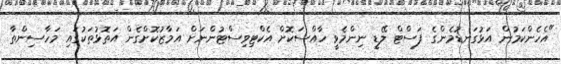
"އެހެންކަމުން އަޅުގަނޑުމެންގެ ފަސްޓް ލޭޑީ ނިންމެވީ ހާއްސަކޮށް އެކްޓިވިސްޓުންނަށް އަމާޒުކޮށްގެން އަތޮޅުތަކުގައި މަހާސިންތާ